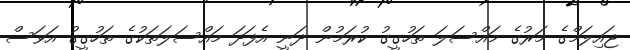
ޖައިލަމްގެ މަރުގެ މައްސަލަ ތަހުގީގު ކުރަމުން ދަނީ އެފަދަ މައްސަލަތަކުގެ ތަހުގީގު އަވަސް